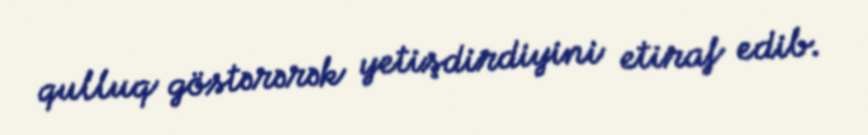
qulluq göstərərək yetişdirdiyini etiraf edib.